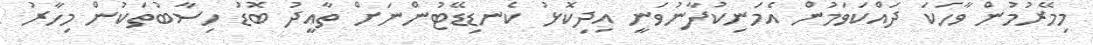
މިމޭރުމުން ވާހަކަ ދައްކަވަމުން އެމަނިކުފާނުވަނީ އިދިކޮޅު ކެނޑިޑޭޓުންނަށް ތާއީދު ބޮޑު ހިސާބުތަކުން މިހާރު